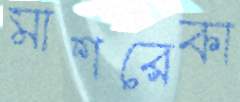
মাশরেকা